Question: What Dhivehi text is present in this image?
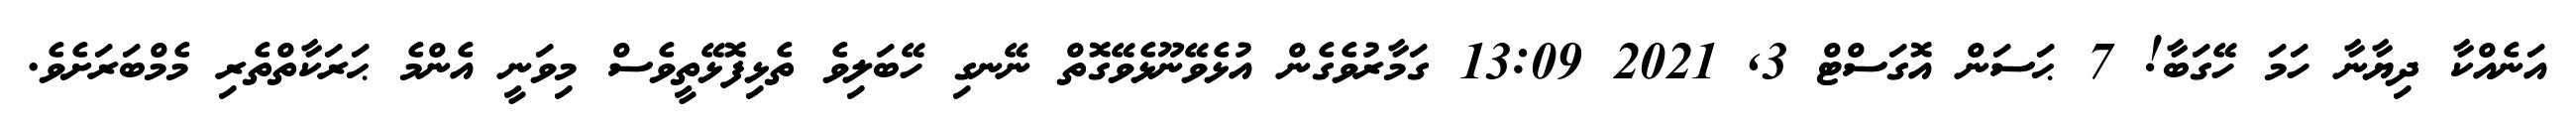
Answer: އަނެއްކާ ދިޔާނާ ހަމަ ހޭގަބާ! 7 ޙަސަން އޮގަސްޓް 3, 2021 13:09 ގަމާރުވެގެން އުޅެވޭނޫޅެވޭގޮތް ނޭނގި ހޭބަލިވެ ތެޅިފޮޅޭތީވެސް މިވަނީ އެންމެ ޙަރަކާތްތެރި މެމްބަރަށެވެ.